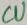
Text: CU